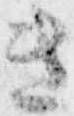
き